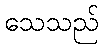
သေသည်